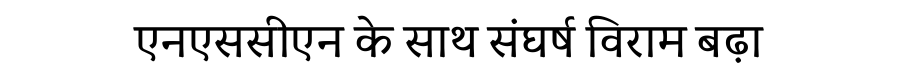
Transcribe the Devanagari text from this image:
एनएससीएन के साथ संघर्ष विराम बढ़ा